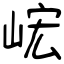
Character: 峵